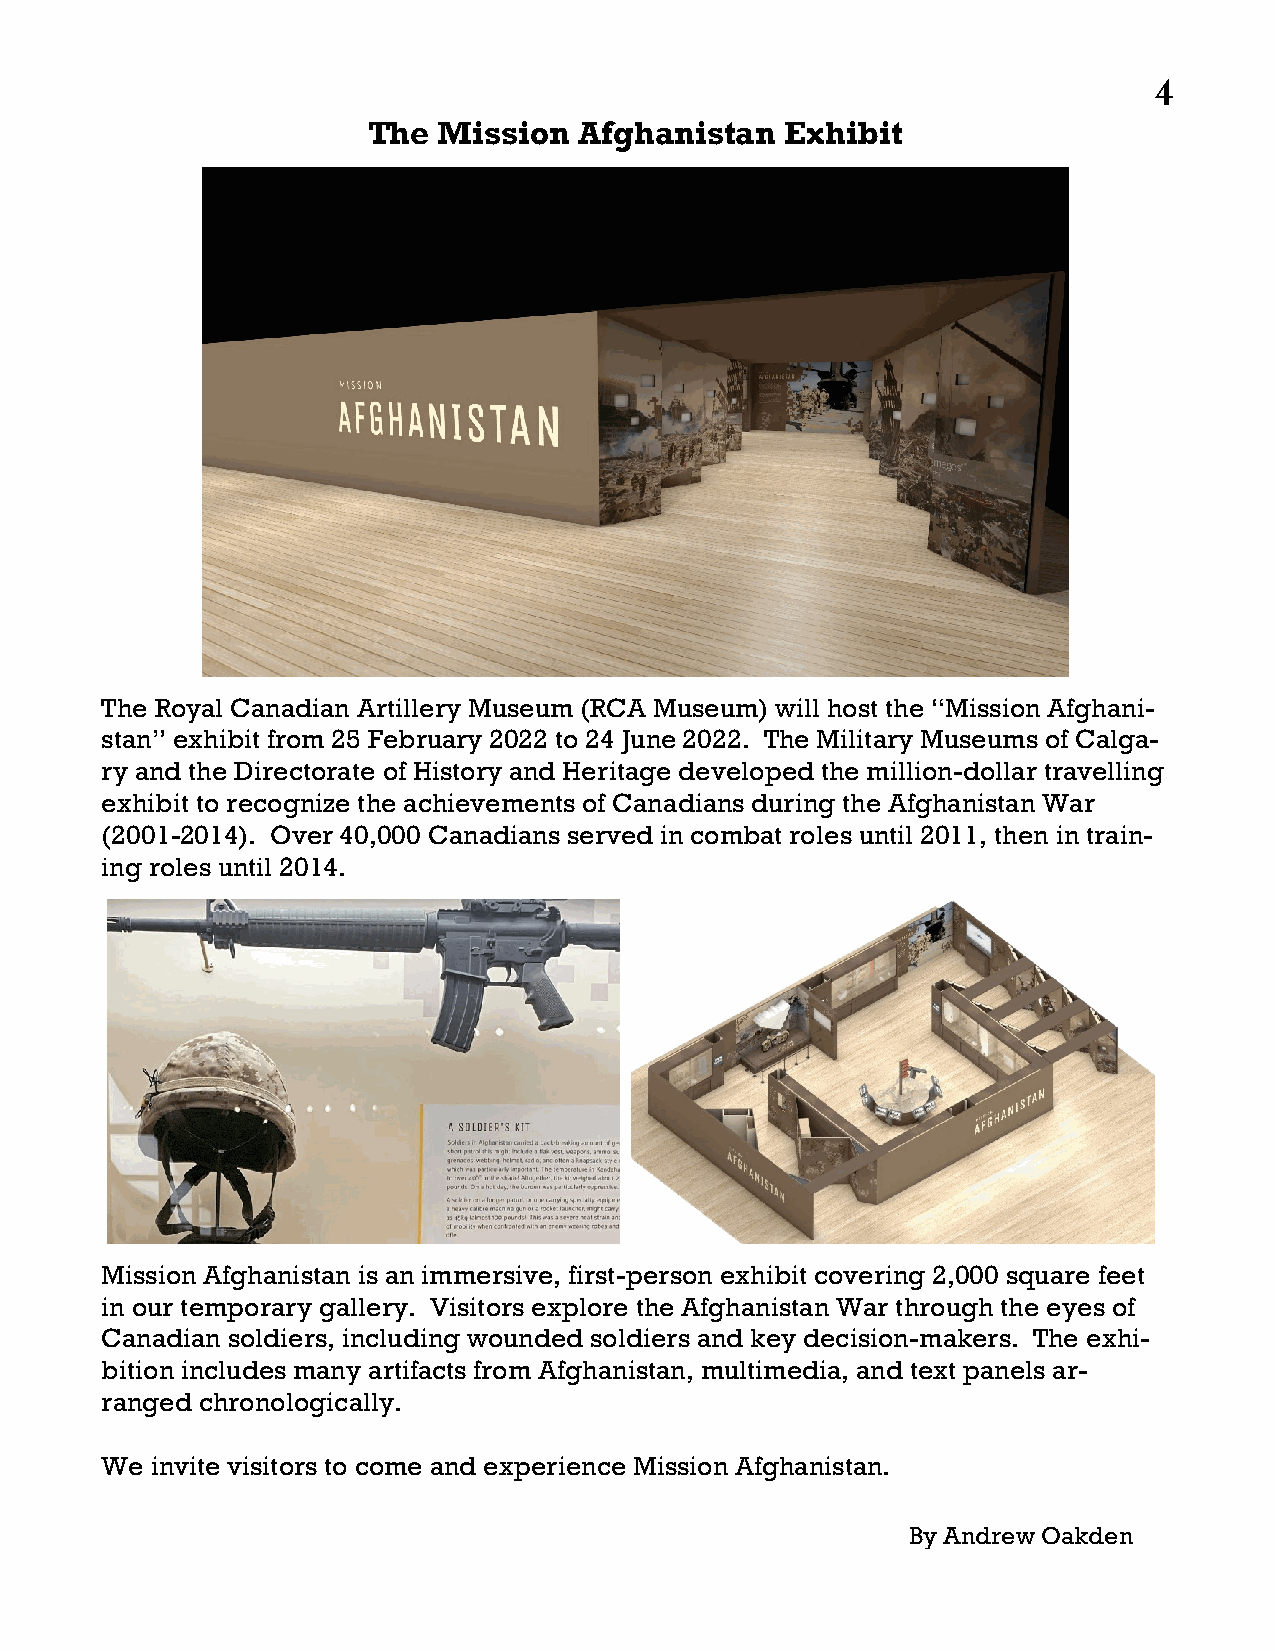
4
 The  Mission  Afghanistan   Exhibit
 The Royal Canadian Artillery Museum (RCA Museum) will host the “Mission Afghani-
 stan” exhibit from 25 February 2022 to 24 June 2022. The Military Museums of Calga-
 ry and the Directorate of History and Heritage developed the million-dollar travelling
 exhibit to recognize the achievements of Canadians during the Afghanistan War
 (2001-2014). Over 40,000 Canadians served in combat roles until 2011, then in train-
 ing roles until 2014.
 Mission Afghanistan is an immersive, first-person exhibit covering 2,000 square feet
 in our temporary gallery. Visitors explore the Afghanistan War through the eyes of
 Canadian soldiers, including wounded soldiers and key decision-makers. The exhi-
 bition includes many artifacts from Afghanistan, multimedia, and text panels ar-
 ranged chronologically.
 We invite visitors to come and experience Mission Afghanistan.
 By Andrew Oakden